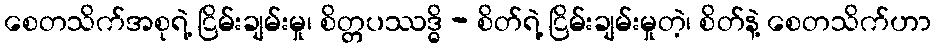
စေတသိက်အစုရဲ့ ငြိမ်းချမ်းမှု၊ စိတ္တပဿဒ္ဓိ - စိတ်ရဲ့ ငြိမ်းချမ်းမှုတဲ့၊ စိတ်နဲ့ စေတသိက်ဟာ